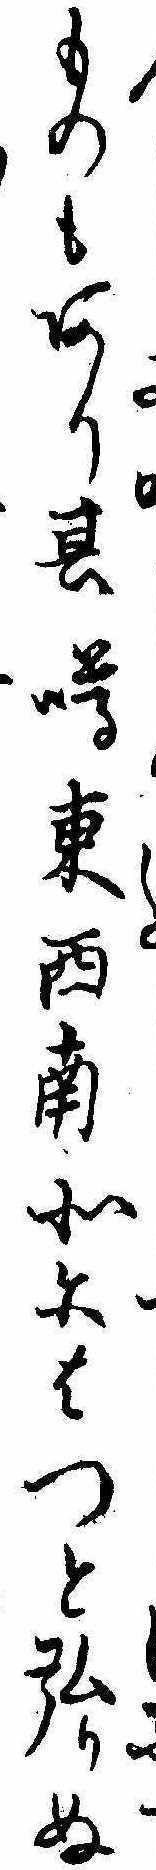
ものもあり其噂東西南北にはつと弘りぬ